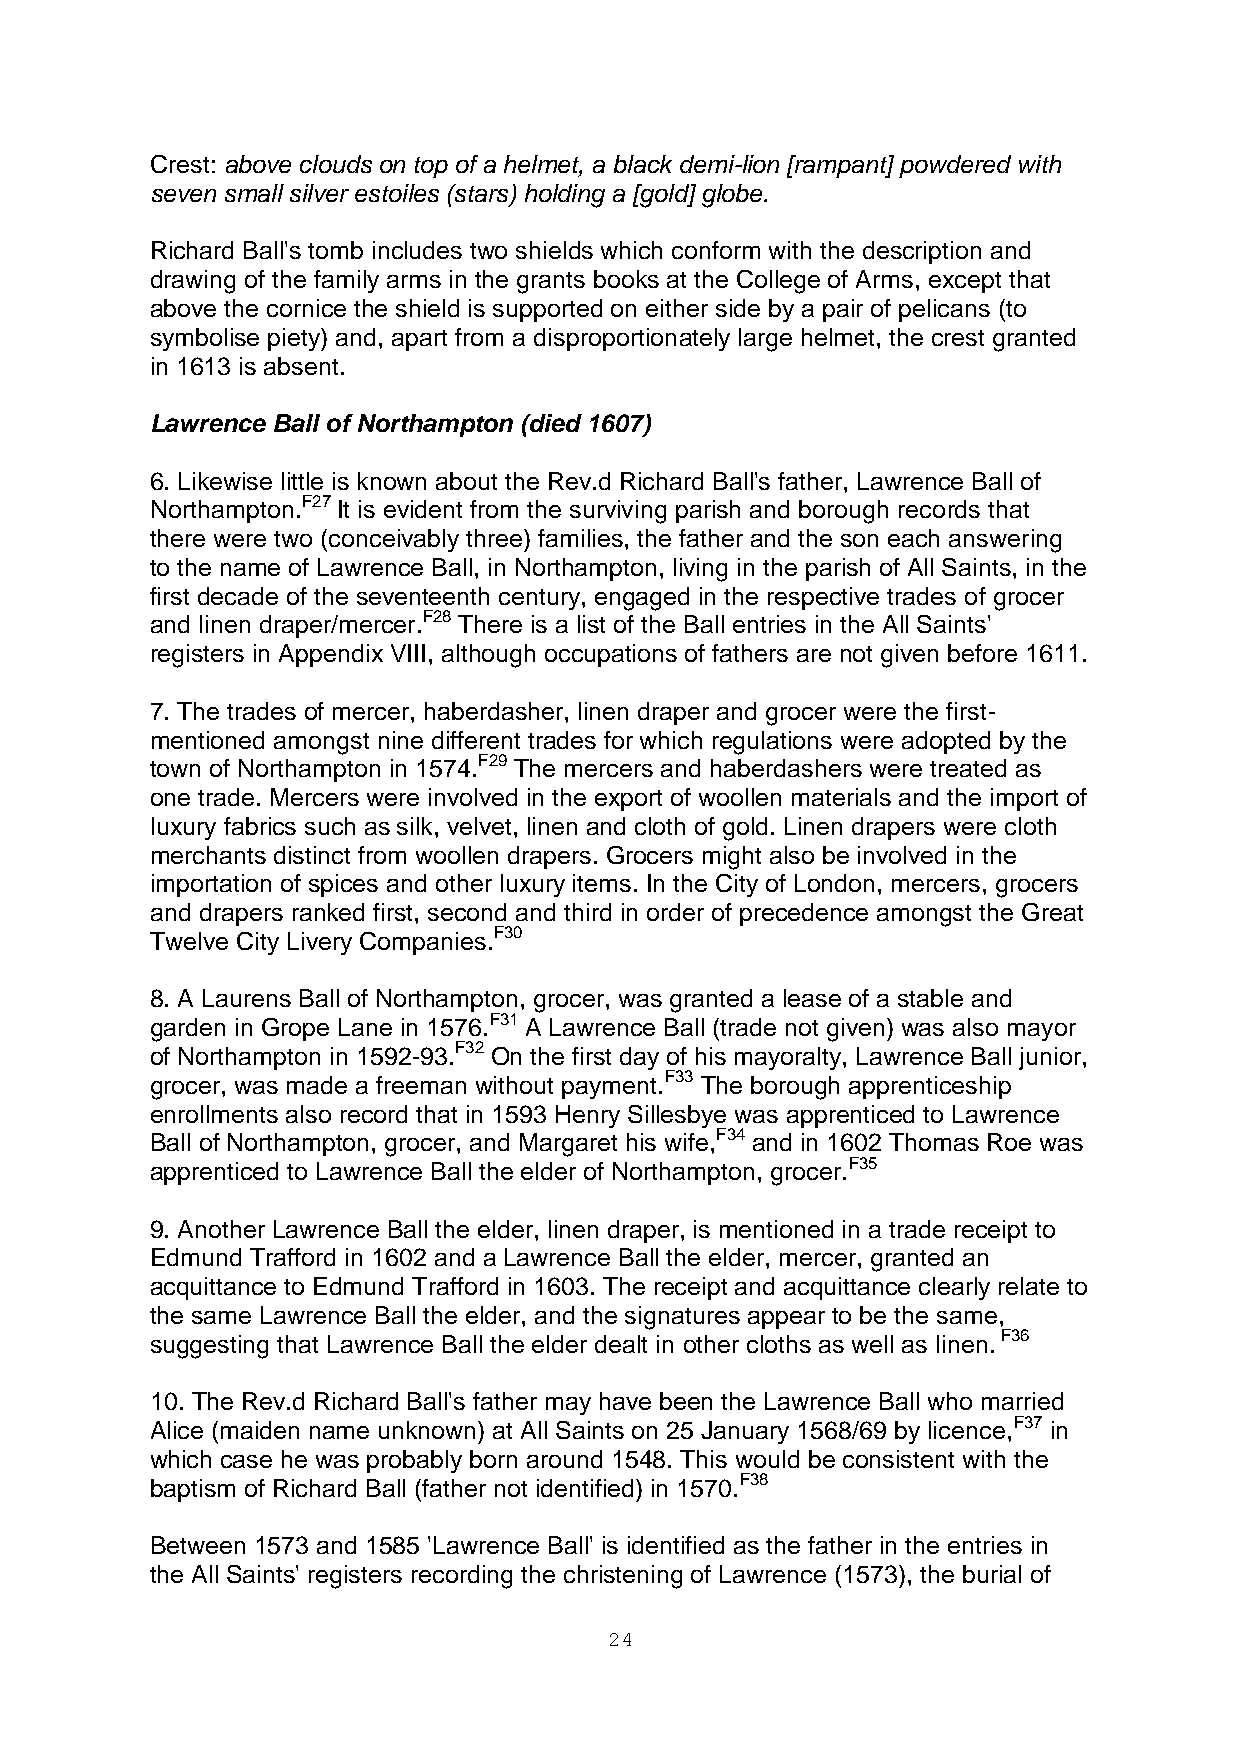
Crest: above clouds on top of a helmet, a black demi-lion [rampant] powdered with
 seven small silver estoiles (stars) holding a [gold] globe.
 Richard Ball's tomb includes two shields which conform with the description and
 drawing of the family arms in the grants books at the College of Arms, except that
 above the cornice the shield is supported on either side by a pair of pelicans (to
 symbolise piety) and, apart from a disproportionately large helmet, the crest granted
 in 1613 is absent.
 Lawrence Ball of Northampton (died 1607)
 6. Likewise little is known about the Rev.d Richard Ball's father, Lawrence Ball of
 Northampton.F27 It is evident from the surviving parish and borough records that
 there were two (conceivably three) families, the father and the son each answering
 to the name of Lawrence Ball, in Northampton, living in the parish of All Saints, in the
 first decade of the seventeenth century, engaged in the respective trades of grocer
 and linen draper/mercer.F28 There is a list of the Ball entries in the All Saints'
 registers in Appendix VIII, although occupations of fathers are not given before 1611.
 7. The trades of mercer, haberdasher, linen draper and grocer were the first-
 mentioned amongst nine different trades for which regulations were adopted by the
 town of Northampton in 1574.F29 The mercers and haberdashers were treated as
 one trade. Mercers were involved in the export of woollen materials and the import of
 luxury fabrics such as silk, velvet, linen and cloth of gold. Linen drapers were cloth
 merchants distinct from woollen drapers. Grocers might also be involved in the
 importation of spices and other luxury items. In the City of London, mercers, grocers
 and drapers ranked first, second and third in order of precedence amongst the Great
 Twelve City Livery Companies.F30
 8. A Laurens Ball of Northampton, grocer, was granted a lease of a stable and
 garden in Grope Lane in 1576.F31 A Lawrence Ball (trade not given) was also mayor
 of Northampton in 1592-93.F32 On the first day of his mayoralty, Lawrence Ball junior,
 grocer, was made a freeman without payment.F33 The borough apprenticeship
 enrollments also record that in 1593 Henry Sillesbye was apprenticed to Lawrence
 Ball of Northampton, grocer, and Margaret his wife,F34 and in 1602 Thomas Roe was
 apprenticed to Lawrence Ball the elder of Northampton, grocer.F35
 9. Another Lawrence Ball the elder, linen draper, is mentioned in a trade receipt to
 Edmund Trafford in 1602 and a Lawrence Ball the elder, mercer, granted an
 acquittance to Edmund Trafford in 1603. The receipt and acquittance clearly relate to
 the same Lawrence Ball the elder, and the signatures appear to be the same,
 suggesting that Lawrence Ball the elder dealt in other cloths as well as linen. F36
 10. The Rev.d Richard Ball's father may have been the Lawrence Ball who married
 Alice (maiden name unknown) at All Saints on 25 January 1568/69 by licence,F37 in
 which case he was probably born around 1548. This would be consistent with the
 baptism of Richard Ball (father not identified) in 1570.F38
 Between 1573 and 1585 'Lawrence Ball' is identified as the father in the entries in
 the All Saints' registers recording the christening of Lawrence (1573), the burial of
 24